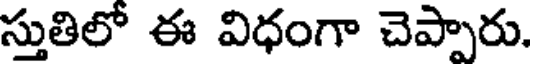
స్తుతిలో ఈ విధంగా చెప్పారు.